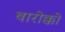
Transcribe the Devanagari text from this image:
बारोक्को